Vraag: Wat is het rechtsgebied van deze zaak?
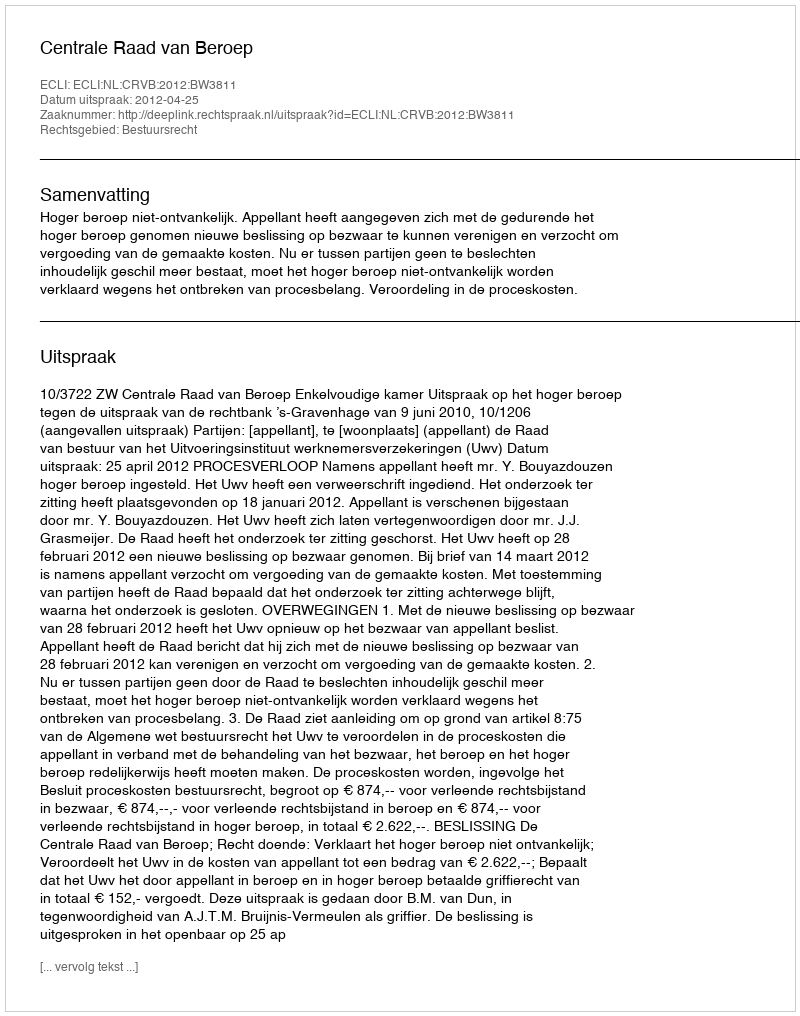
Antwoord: Bestuursrecht